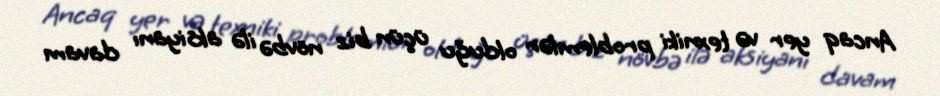
Ancaq yer və texniki problemlər olduğu üçün biz növbə ilə aksiyanı davam